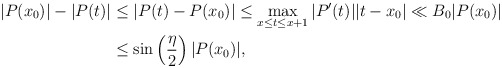
\begin{align*}|P(x_0)|-|P(t)|&\leq |P(t)-P(x_0)|\leq \max_{x\leq t\leq x+1}|P'(t)||t-x_0|\ll B_0|P(x_0)|\\&\leq \sin\left(\frac{\eta}{2}\right)|P(x_0)|,\end{align*}